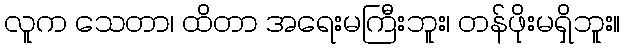
လူက သေတာ၊ ထိတာ အရေးမကြီးဘူး၊ တန်ဖိုးမရှိဘူး။